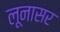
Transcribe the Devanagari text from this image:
लूनासर